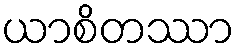
ယာစိတဿာ